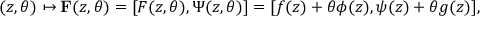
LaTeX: ( z , \theta ) \mapsto { \bf F } ( z , \theta ) = [ F ( z , \theta ) , \Psi ( z , \theta ) ] = [ f ( z ) + \theta \phi ( z ) , \psi ( z ) + \theta g ( z ) ] ,